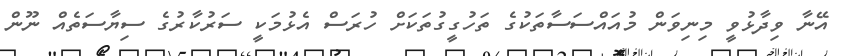
އޭނާ ވިދާޅުވީ މިނިވަން މުއައްސަސާތަކުގެ ތަހުގީގުތަކަށް ހުރަސް އެޅުމަކީ ސަރުކާރުގެ ސިޔާސަތެއް ނޫން